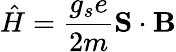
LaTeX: {\hat{H}}={\frac{g_{s}e}{2m}}\mathbf{S}\cdot\mathbf{B}